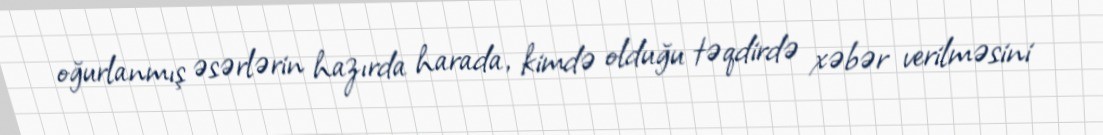
oğurlanmış əsərlərin hazırda harada, kimdə olduğu təqdirdə xəbər verilməsini